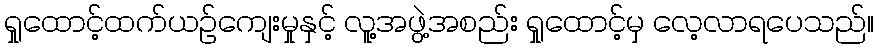
ရှုထောင့်ထက်ယဉ်ကျေးမှုနှင့် လူ့အဖွဲ့အစည်း ရှုထောင့်မှ လေ့လာရပေသည်။